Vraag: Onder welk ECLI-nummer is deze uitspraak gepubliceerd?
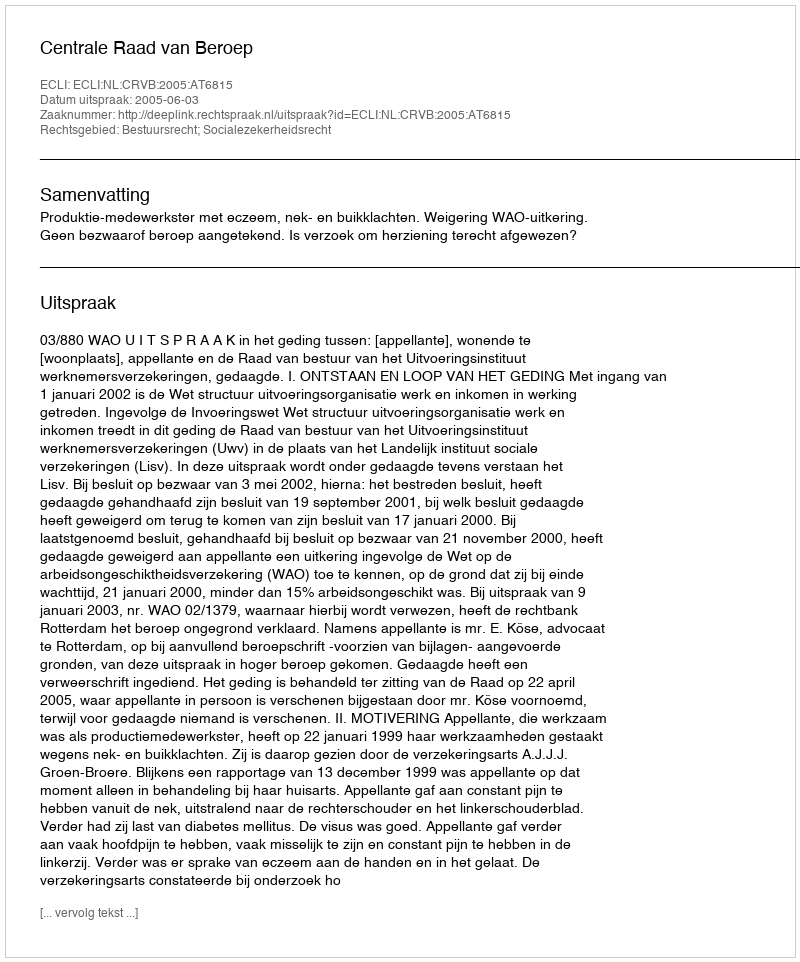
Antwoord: ECLI:NL:CRVB:2005:AT6815